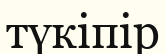
түкіпір